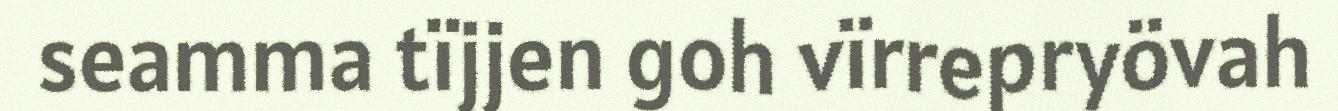
seamma tïjjen goh vïrrepryövah